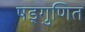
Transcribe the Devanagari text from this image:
षड्गुणित